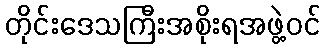
တိုင်းဒေသကြီးအစိုးရအဖွဲ့ဝင်